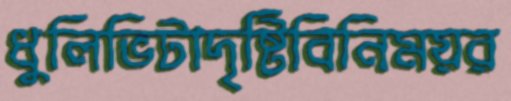
ধুলিভিটাদৃষ্টিবিনিময়র